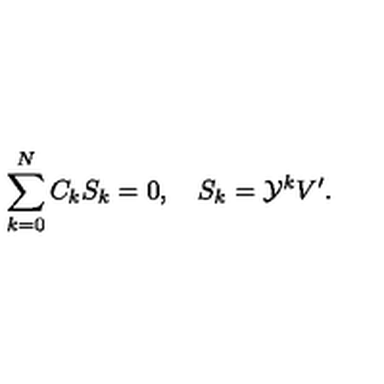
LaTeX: \sum _ { k = 0 } ^ { N } C _ { k } S _ { k } = 0 , \quad S _ { k } = { \cal Y } ^ { k } V ^ { \prime } .